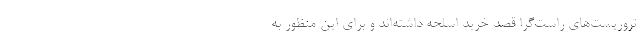
تروریست‌های راست‌گرا قصد خرید اسلحه داشته‌اند و برای این منظور به